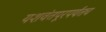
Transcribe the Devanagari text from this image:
यशवंतपूरपर्यंतच